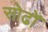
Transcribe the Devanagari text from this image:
सोढोँ